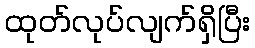
ထုတ်လုပ်လျက်ရှိပြီး